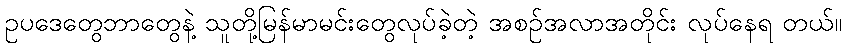
ဥပဒေတွေဘာတွေနဲ့ သူတို့မြန်မာမင်းတွေလုပ်ခဲ့တဲ့ အစဉ်အလာအတိုင်း လုပ်နေရ တယ်။